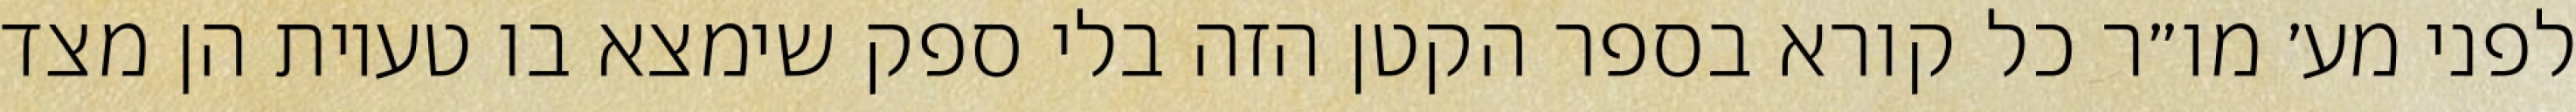
לפני מע׳ מו״ר כל קורא בספר הקטן הזה בלי ספק שימצא בו טעיות הן מצד